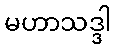
မဟာသဒ္ဒါ